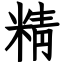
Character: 精